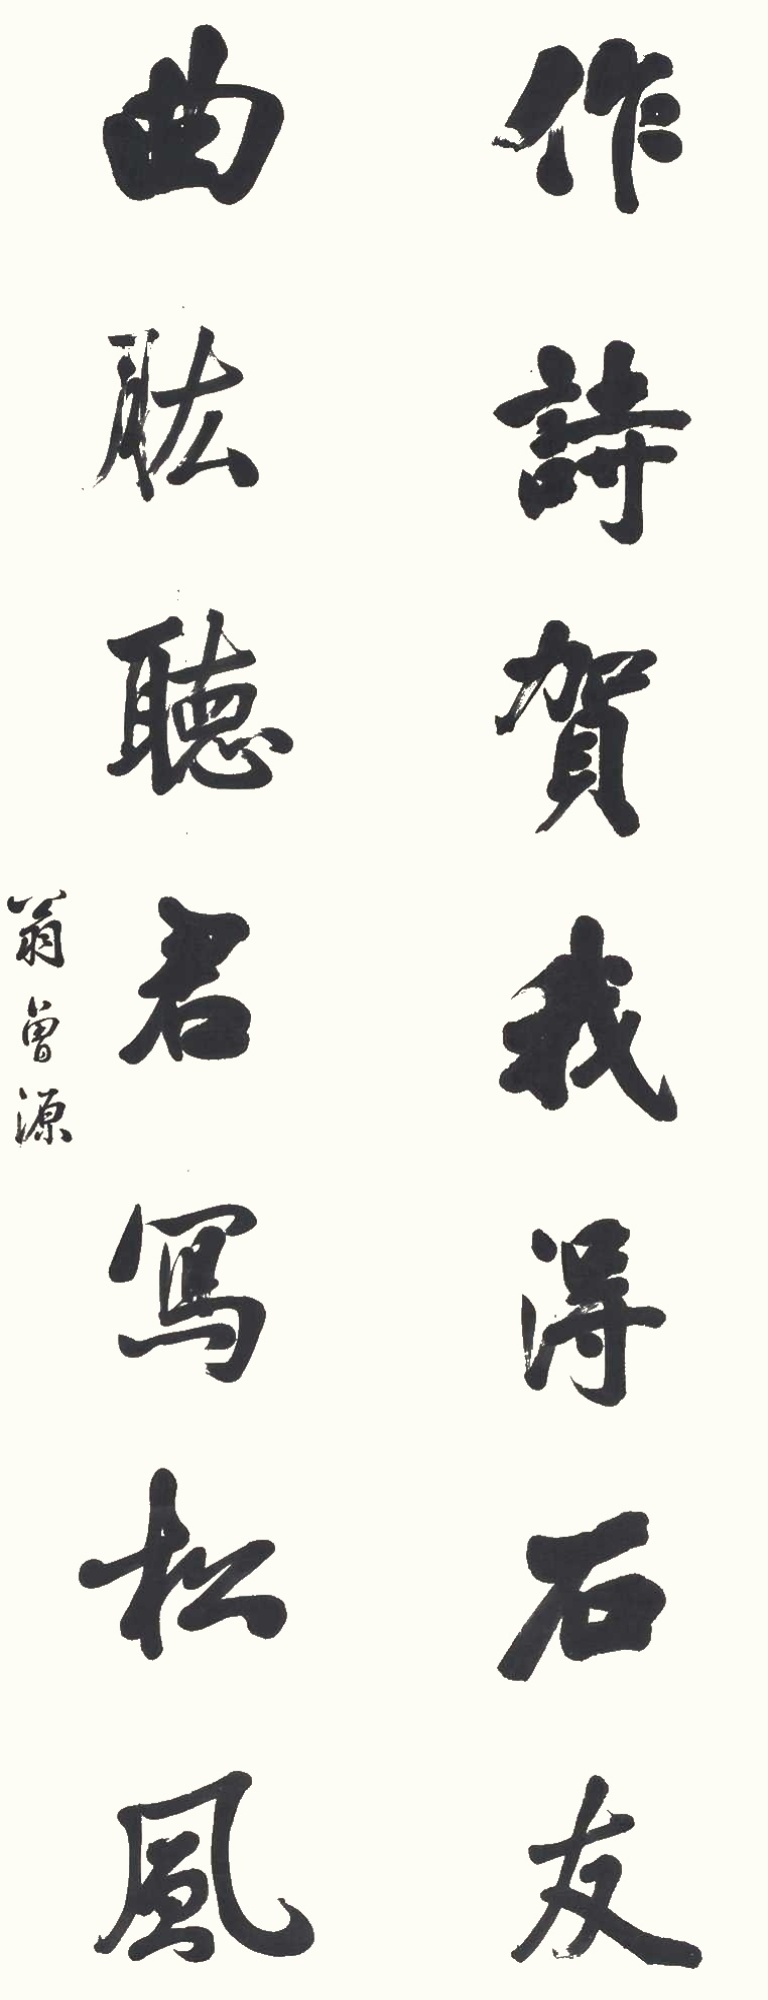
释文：作诗贺我得石友，曲肱听君写松风。翁曾源。